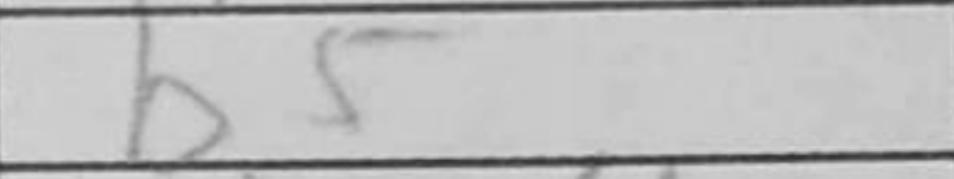
Transcription: b5